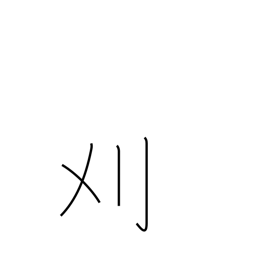
Meaning: cut